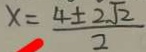
x = \frac { 4 \pm 2 \sqrt { 2 } } { 2 }